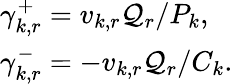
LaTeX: \begin{array}{l}{\gamma_{k,r}^{+}=v_{k,r}\mathcal{Q}_{r}/{P_{k}},}\\ {\gamma_{k,r}^{-}=-v_{k,r}\mathcal{Q}_{r}/{C_{k}}.}\end{array}